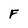
Character: F